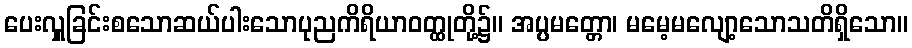
ပေးလှူခြင်းစသောဆယ်ပါးသောပုညကိရိယာဝတ္ထုတို့၌။ အပ္ပမတ္တော၊ မမေ့မလျော့သောသတိရှိသော။